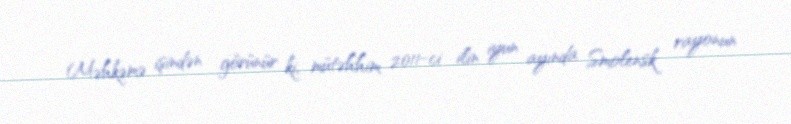
Məhkəmə işindən görünür ki, mütəhhim 2011-ci ilin iyun ayında Smolensk rayonun